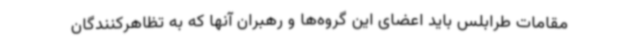
مقامات طرابلس باید اعضای این گروه‌ها و رهبران آنها که به تظاهرکنندگان